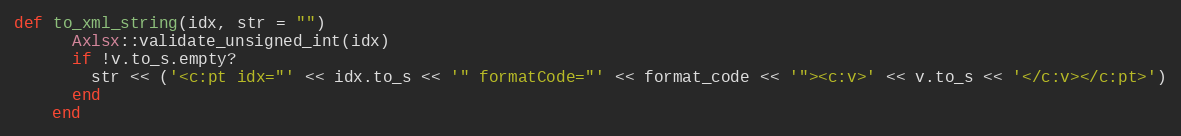
Language: Ruby
def to_xml_string(idx, str = "")
      Axlsx::validate_unsigned_int(idx)
      if !v.to_s.empty?
        str << ('<c:pt idx="' << idx.to_s << '" formatCode="' << format_code << '"><c:v>' << v.to_s << '</c:v></c:pt>')
      end
    end